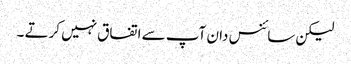
لیکن سائنس دان آپ سے اتفاق نہیں کرتے ۔